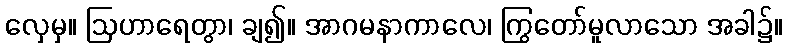
လှေမှ။ ဩဟာရေတွာ၊ ချ၍။ အာဂမနာကာလေ၊ ကြွတော်မူလာသော အခါ၌။